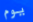
يوم